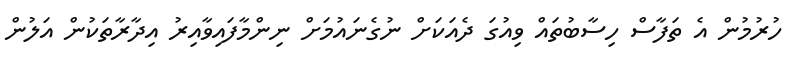
ހުރުމުން އެ ތަފާސް ހިސާބުތައް ވިއުގަ ދެއަކަށް ނުގެނައުމަށް ނިންމާފައިވާއިރު އިދާރާތަކުން އަލުން